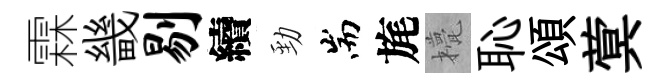
霖畿剔續勁耑旄甍恥頌蓂